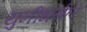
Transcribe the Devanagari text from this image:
युनीभर्सल